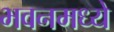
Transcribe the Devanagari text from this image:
भवनमध्ये